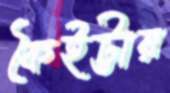
কৈইট্টায়